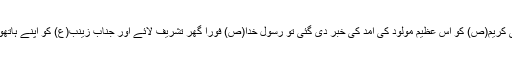
حضرت زینب سلام اللہ علیھا کی ولادت باسعادت کے بعد جب نبی کریم(ص) کو اس عظیم مولود کی آمد کی خبر دی گئی تو رسول خدا(ص) فورا گھر تشریف لائے اور جناب زینب(ع) کو اپنے ہاتھوں میں اٹھا کر ان کا بوسہ لیا اور ساتھ ہی گریہ بھی شروع کر دیا۔